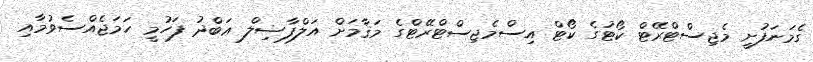
ގެމަނަފުށީ މެޖިސްޓްރޭޓް ކޯޓުގެ ކޯޓް އިސްމެޖިސްޓްރޭޓްގެ މަޤާމަށް އަލްފާޟިލް ޢަބްދު ފަހުމީ ހަމަޖެއްސެވުމާއި